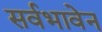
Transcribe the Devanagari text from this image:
सर्वभावेन